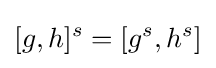
[g,h]^{s}=[g^{s},h^{s}]